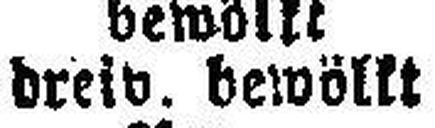
dreiv. bewöllt